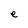
Character: e